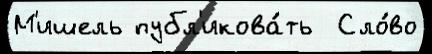
М'ишель публ'икова́ть  Сло́во